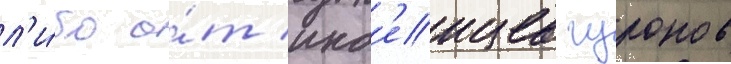
л'и́бо о́т инд'еицев гуронов